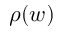
\rho ( w )